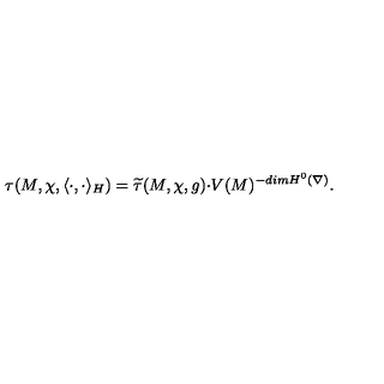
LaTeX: \tau ( M , \chi , \langle \cdot , \cdot \rangle _ { H } ) = \widetilde { \tau } ( M , \chi , g ) { \cdot } V ( M ) ^ { - d i m H ^ { 0 } ( \nabla ) } .